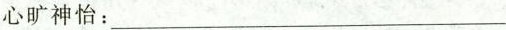
心旷神怡:___